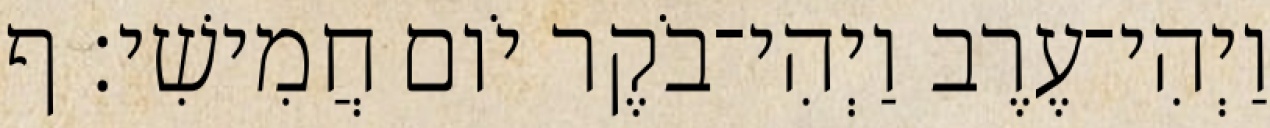
וַיְהִי־עֶרֶב וַיְהִי־בֹקֶר יֹום חֲמִישִׁי׃ ף